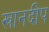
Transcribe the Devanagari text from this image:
खानदीप